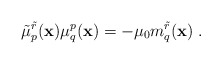
\begin{align*}\tilde{\mu}^{\tilde r}_p ({\bf x}) \mu_q^p ({\bf x}) = - \mu_0 m_q^{\tilde{r}} ({\bf x})\;.\end{align*}